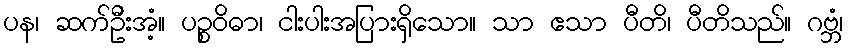
ပန၊ ဆက်ဦးအံ့။ ပဉ္စဝိဓာ၊ ငါးပါးအပြားရှိသော။ သာ ဧသာ ပီတိ၊ ပီတိသည်။ ဂဗ္ဘံ၊